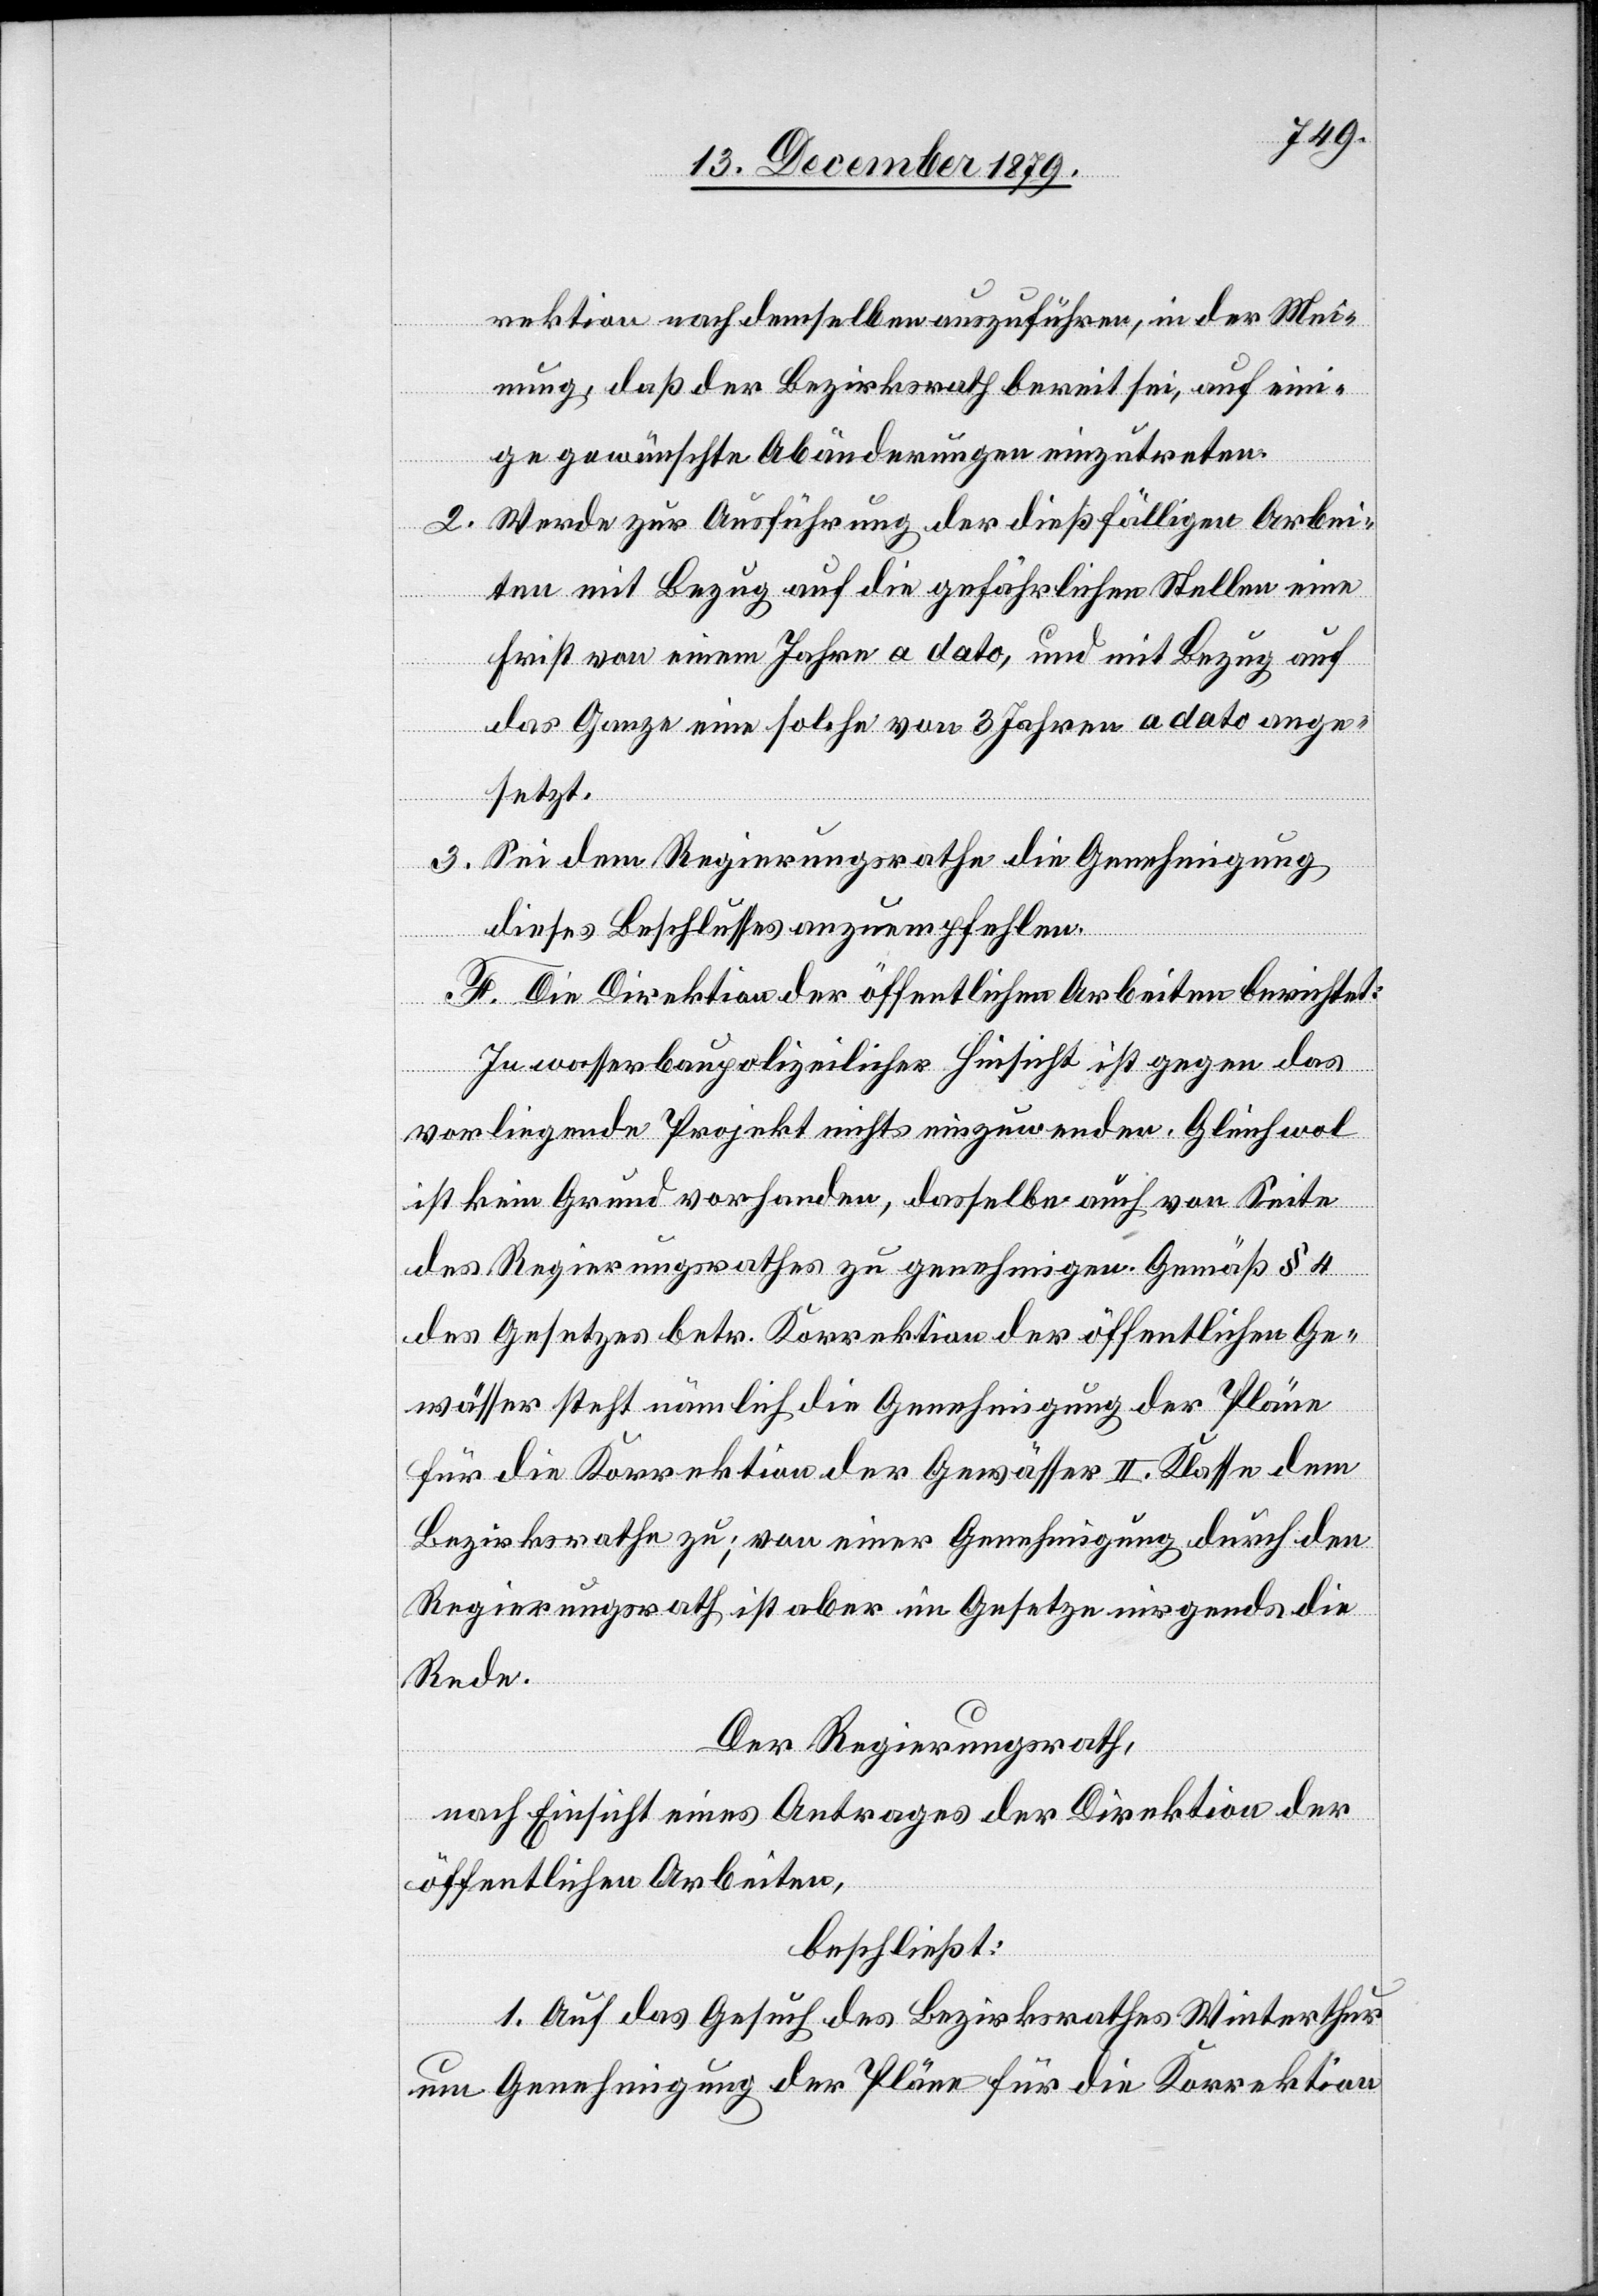
rektion nach demselben auszuführen, in der Mei¬
nung, das der Bezirksrath bereit sei, auf eini¬
ge gewünschte Abänderungen einzutreten.
2. Werde zur Ausführung der dießfälligen Arbei¬
ten mit Bezug auf die gefährlichen Stellen eine
Frist von einem Jahre a dato, und mit Bezug auf
das Ganze eine solche von 3 Jahren a dato ange¬
setzt.
3. Sei dem Regierungsrathe die Genehmigung
dieses Beschlusses anzuempfehlen.
F. Die Direktion der öffentlichen Arbeiten berichtet:
In wasserbaupolizeilicher Hinsicht ist gegen das
vorliegende Projekt nichts einzuwenden. Gleichwol
ist kein Grund vorhanden, dasselbe auch von Seite
des Regierungsrathes zu genehmigen. Gemäß § 4
des Gesetzes betr. Korrektion der öffentlichen Ge¬
wässer steht nämlich die Genehmigung der Pläne
für die Korrektion der Gewässer II. Klasse dem
Bezirksrathe zu; von einer Genehmigung durch den
Regierungsrath ist aber im Gesetze nirgends die
Rede.
Der Regierungsrath,
nach Einsicht eines Antrages der Direktion der
öffentlichen Arbeiten,
beschließt:
1. Auf das Gesuch des Bezirksrathes Winterthur
um Genehmigung der Pläne für die Korrektion